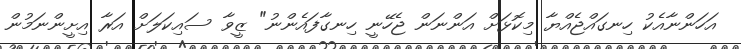
އަހަންނާއެކު ހިނގައްޖެއްޔާ މިކޮޅަށް އަންނަން ޖެހޭނީ ހިނގާފައެންނު" ޒީވާ ސައިކަލަށް އަރާ އިށީންނަމުން